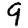
Digit: 9